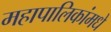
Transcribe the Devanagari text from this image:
महापालिकांमधे